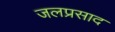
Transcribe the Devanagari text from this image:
जलप्रसाद